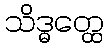
သိဒ္ဓတ္ထေ